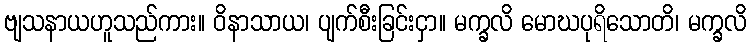
ဗျသနာယဟူသည်ကား။ ဝိနာသာယ၊ ပျက်စီးခြင်းငှာ။ မက္ခလိ မောဃပုရိသောတိ၊ မက္ခလိ